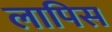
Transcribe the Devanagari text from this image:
लापिस